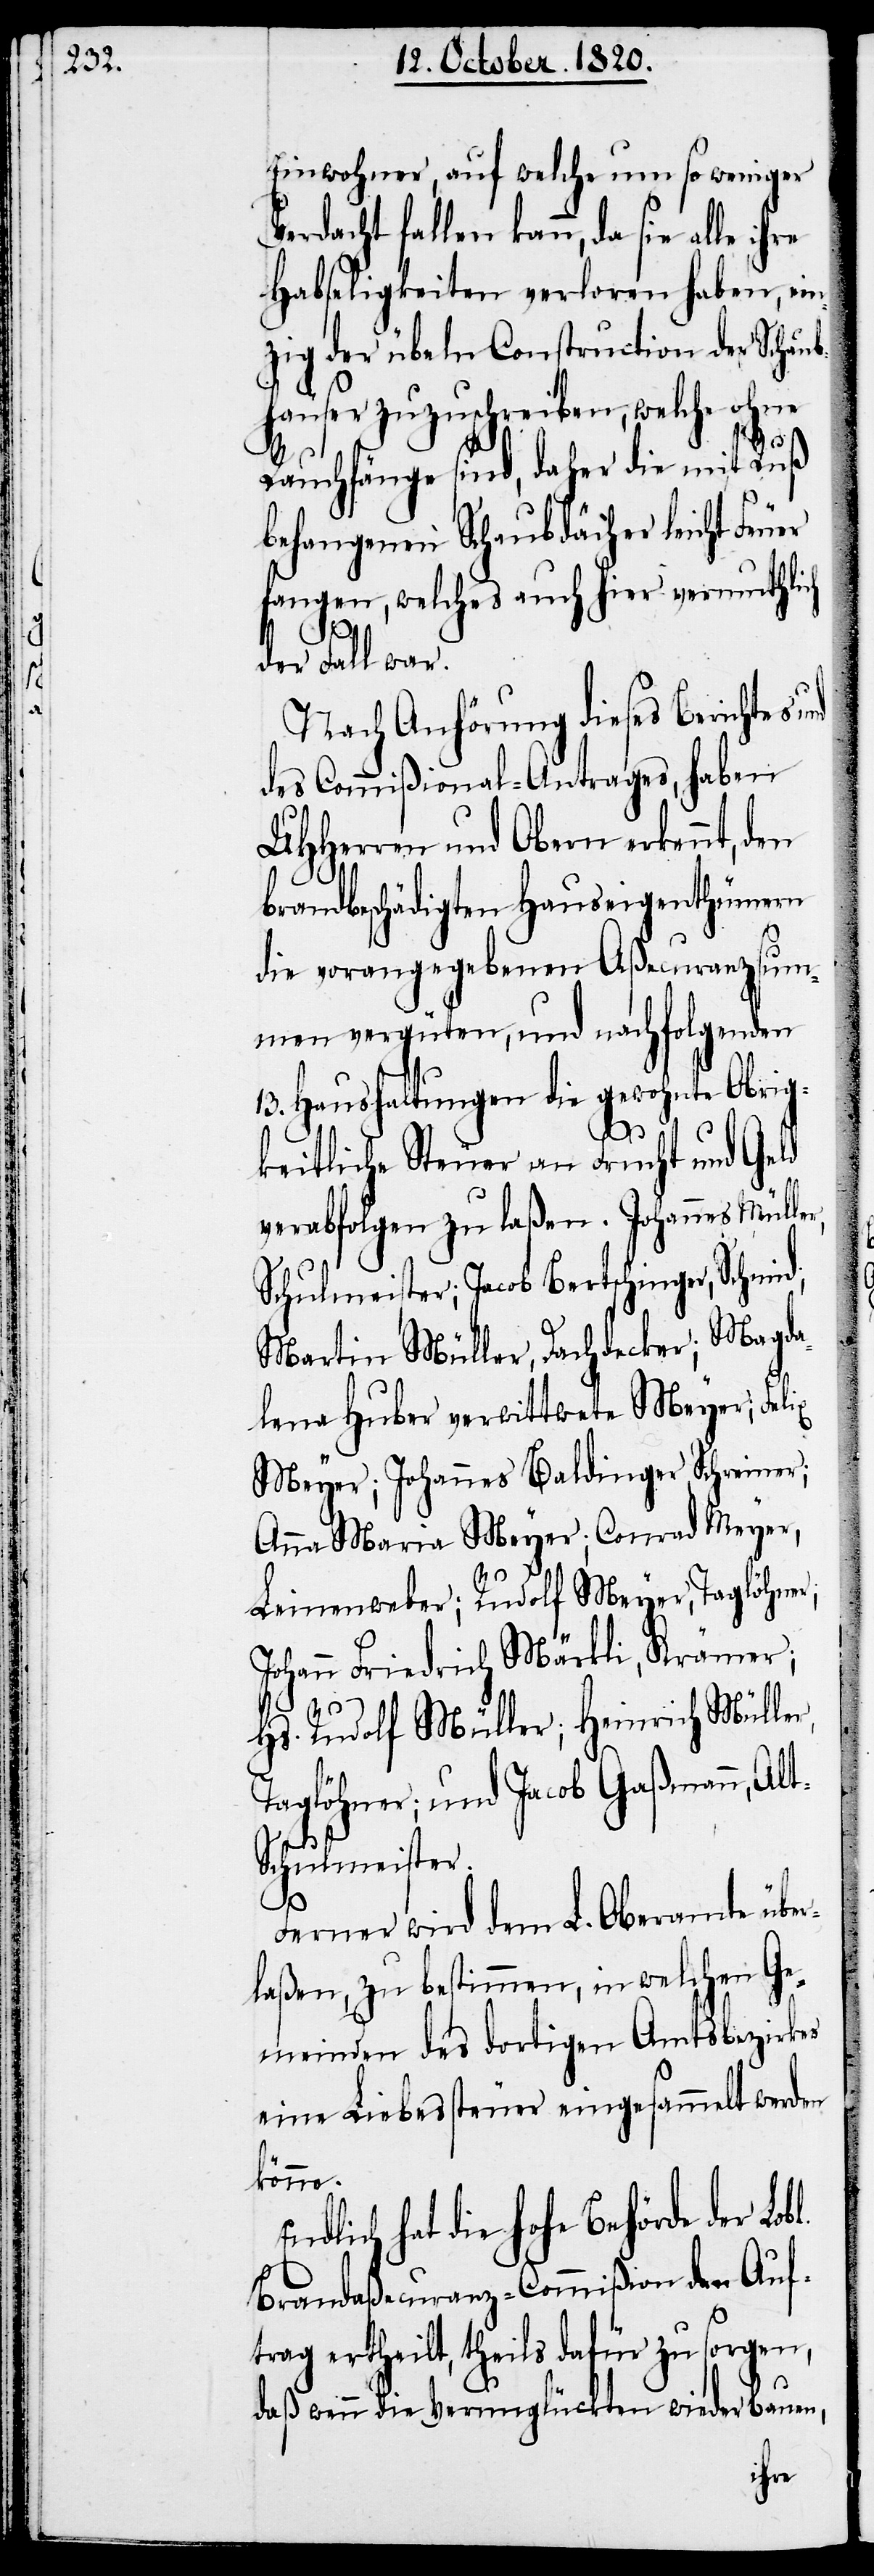
Einwohner, auf welche um so weniger
Verdacht fallen kann, da sie
Habseligkeiten verloren haben, ein¬
zig der übeln Construction der Schaub¬
häuser zuzuschreiben, welche ohne
Rauchfänge sind, daher die mit Ruß
behangenen Schaubdächer leicht Feuer
fangen, welches auch hier vermuthlich
t-S¬
l.
der Fall war.
Nach Anhörung dieses Berichtes u¬
des Commißional-Antrages, haben
UHherren und Obern erkennt, den
Brandbeschädigten Hauseigenthümern
die vorangegangenen Aßecuranzsum¬
men vergüten, und nachfolgenden
13. Haushaltungen die gewohnte obrig¬
keitliche Steuer an Frucht und Geld
verabfolgen zu laßen. Johannes Mülle¬
Schulmeister; Jacob Bertschinger, Schmid;
Martin Müller, Dachdecker, Magda¬
lena Huber verwittwete Meyer;
Meyer; Johannes Baldinger Schreiner,
Anna Maria Meyer; Conrad Meyer,
E¬
Leinenweber; Rudolf Meyer, Taglöhner;
Johann Friedrich Märkli, Krämer;
Hs. Rudolf Müller; Heinrich Mülle¬
Taglöhner; und Jacob Gaßmann, Al¬
chulmeister.
Ferner wird dem L. Oberamte über¬
laßen, zu bestimmen, in welchen Ge¬
meinden des dortigen Amtsbezirkes
eine Liebessteuer eingesammelt werden
könne.
ndlich hat die hohe Behörde der Lob¬
Brandaßecuranz-Commißion den Auf¬
trag ertheilt, theils dafür zu sorgen,
daß wenn die Verunglückten wiederbauen,
ihre